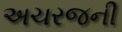
અચરજની